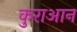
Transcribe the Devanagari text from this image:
कुराआन